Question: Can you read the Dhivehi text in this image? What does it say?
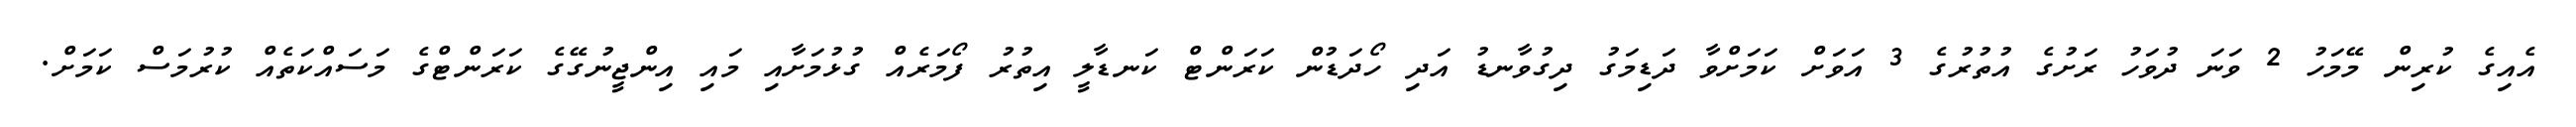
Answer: އެއިގެ ކުރިން މޭމަހު 2 ވަނަ ދުވަހު ރަށުގެ އުތުރުގެ 3 އަވަށް ކަމަށްވާ ދަޑިމަގު ދިގުވާނޑު އަދި ހޯދަޑުން ކަރަންޓް ކަނޑާލީ އިތުރު ފޯމަރެއް ގުޅުމަށާއި މައި އިންޖީނުގޭގެ ކަރަންޓްގެ މަސައްކަތެއް ކުރުމަސް ކަމަށް.